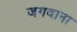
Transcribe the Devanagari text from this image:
जगवाना